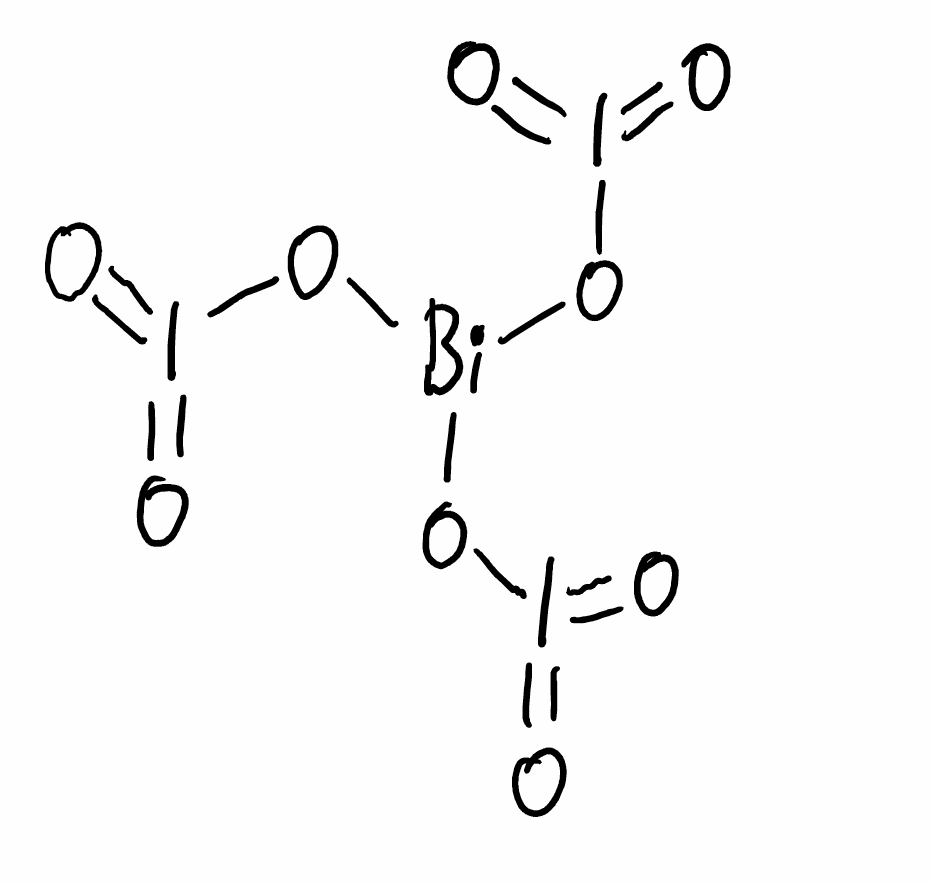
Simplified molecular-input line-entry system (SMILES) notation of the given molecule:
O=I(=O)O[Bi](OI(=O)=O)OI(=O)=O